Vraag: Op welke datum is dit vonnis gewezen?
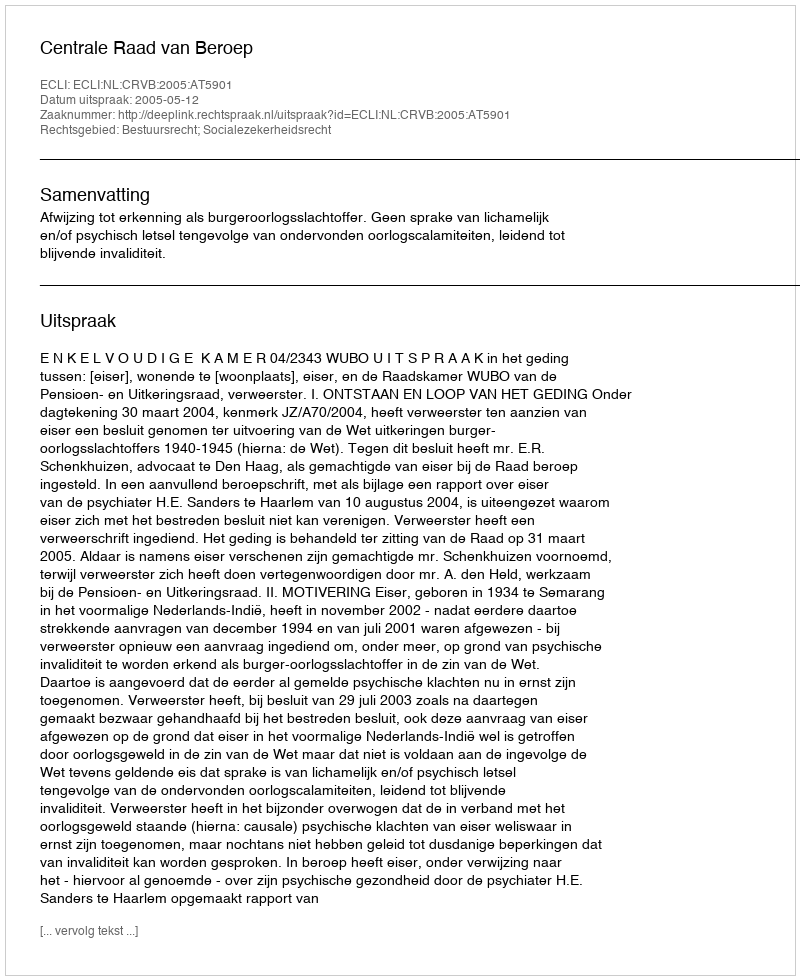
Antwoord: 2005-05-12